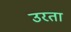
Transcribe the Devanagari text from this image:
उरता